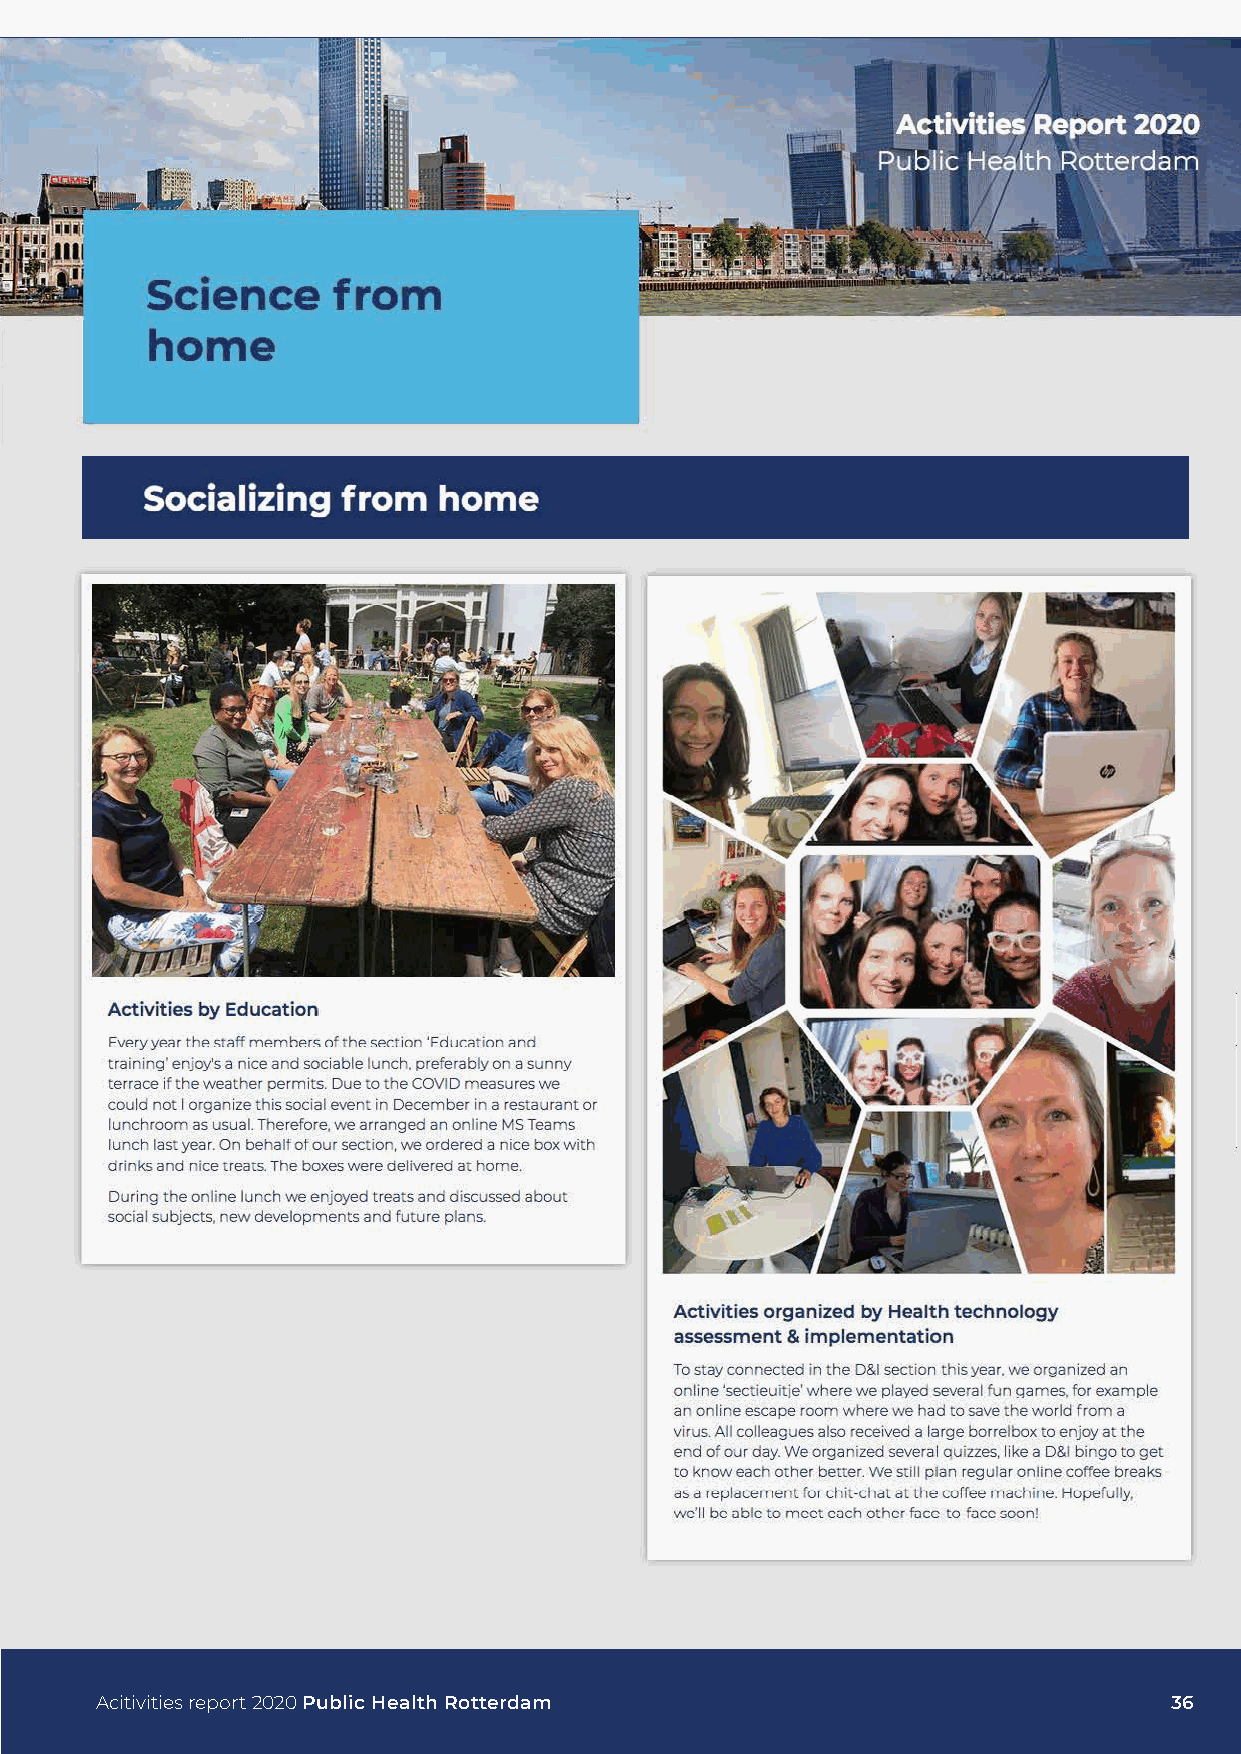
Acitivities report 2020 Public Health Rotterdam                        36